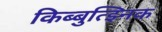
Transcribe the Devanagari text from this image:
किब्बुत्झ्निक